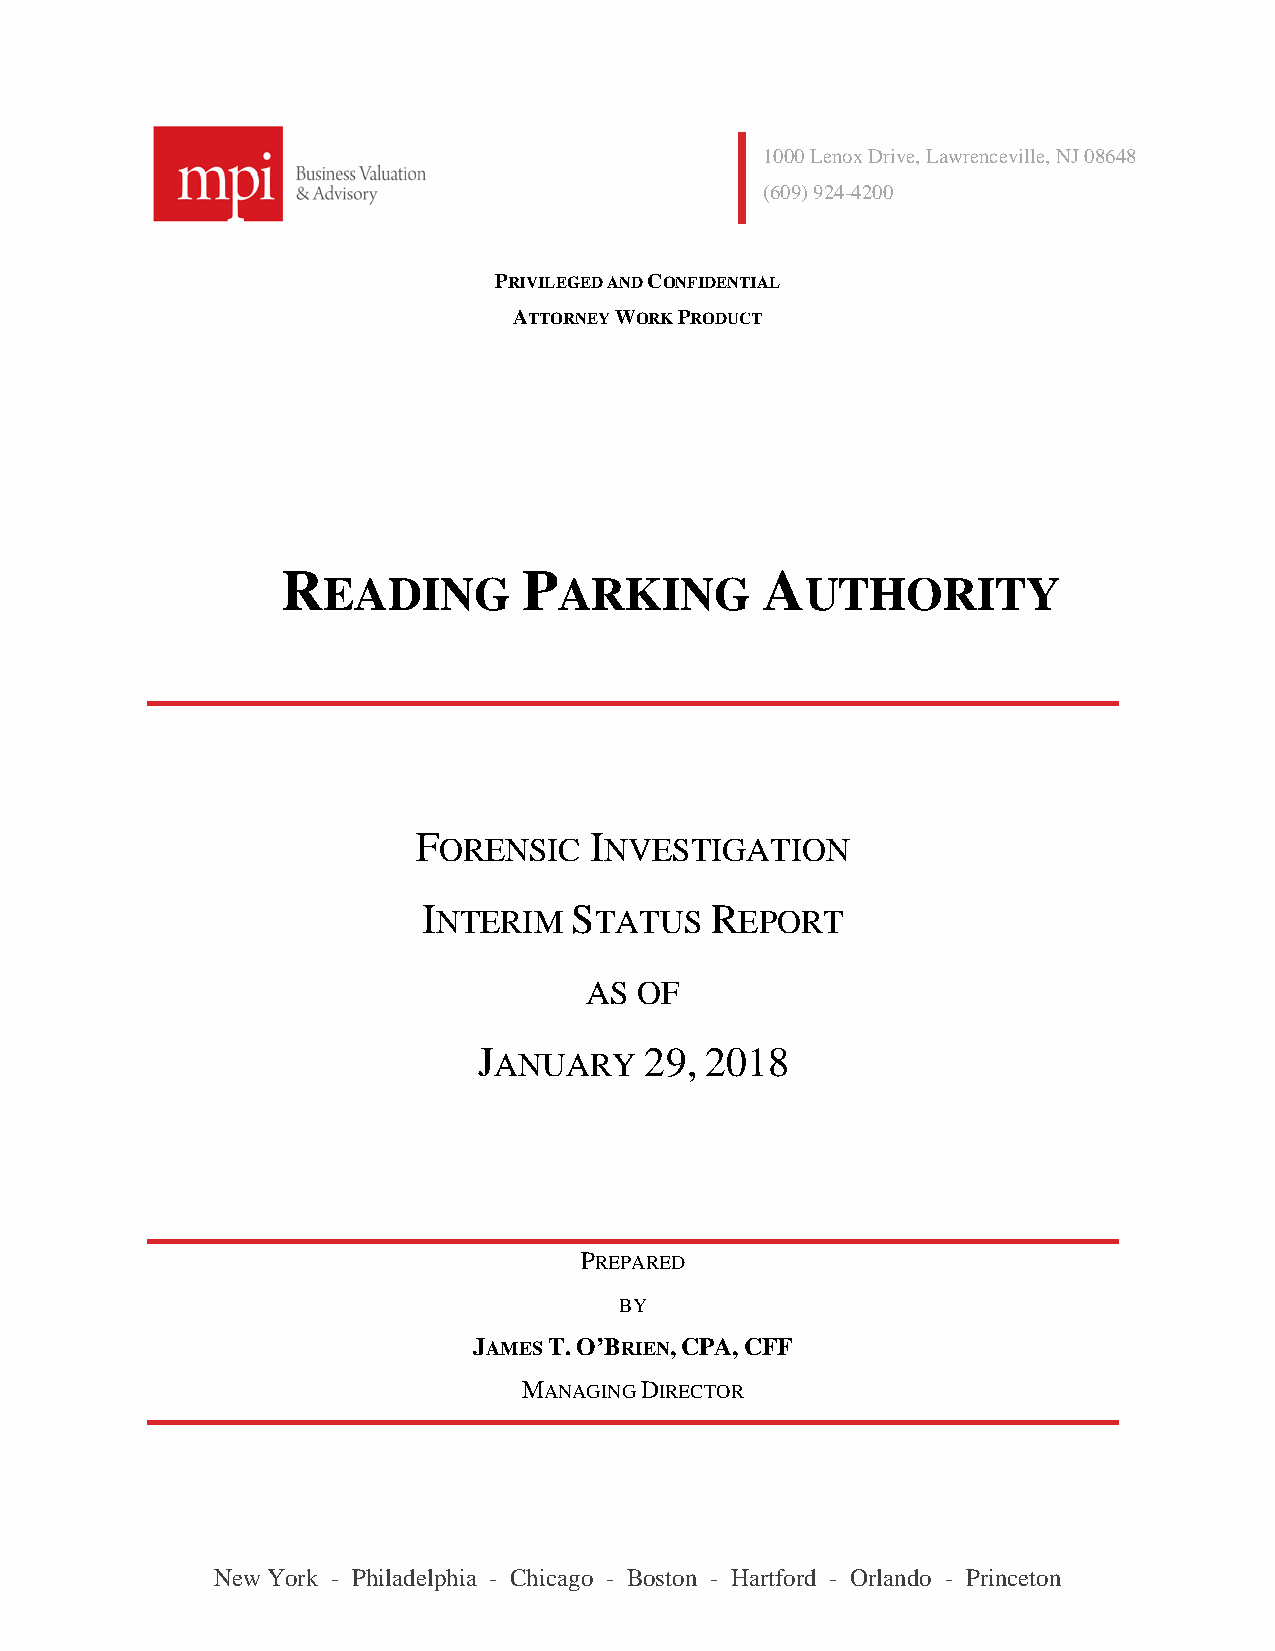
1000 Lenox Drive, Lawrenceville, NJ 08648
 (609) 924-4200
 PRIVILEGED AND CONFIDENTIAL
 ATTORNEY WORK PRODUCT
 R               P              A
 EADING          ARKING          UTHORITY
 FORENSIC   INVESTIGATION
 INTERIM   STATUS   REPORT
 AS OF
 JANUARY    29, 2018
 PREPARED
 BY
 JAMES T. O’BRIEN, CPA, CFF
 MANAGING DIRECTOR
 New York - Philadelphia - Chicago - Boston - Hartford - Orlando - Princeton